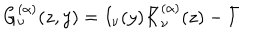
G _ { \nu } ^ { ( \alpha ) } ( z , y ) = I _ { \nu } ( y ) \bar { K } _ { \nu } ^ { ( \alpha ) } ( z ) - \bar { I }